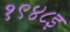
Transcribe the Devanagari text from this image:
१९४८इ